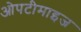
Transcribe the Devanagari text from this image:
ओपटीमाइज